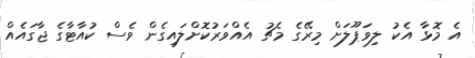
އެ މޮޅާ އެކު ލިވަޕޫލަށް މިރޭގެ މެޗު އެއްވަރުކޮށްލައިގެން ވެސް ކުއާޓާގެ ޖާގައެއް